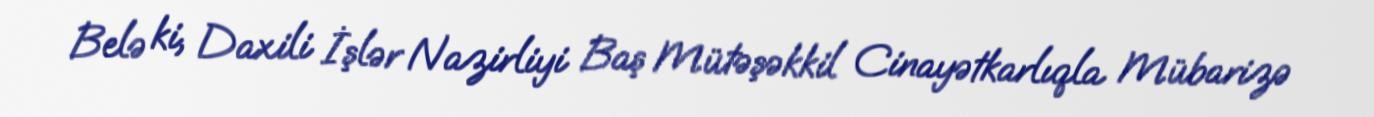
Belə ki, Daxili İşlər Nazirliyi Baş Mütəşəkkil Cinayətkarlıqla Mübarizə